Causation and prevention of malarial fevers: a statement of the results of researches drawn up for the use of assistant surgeons, hospital assistants and students
Disease focus: Malaria
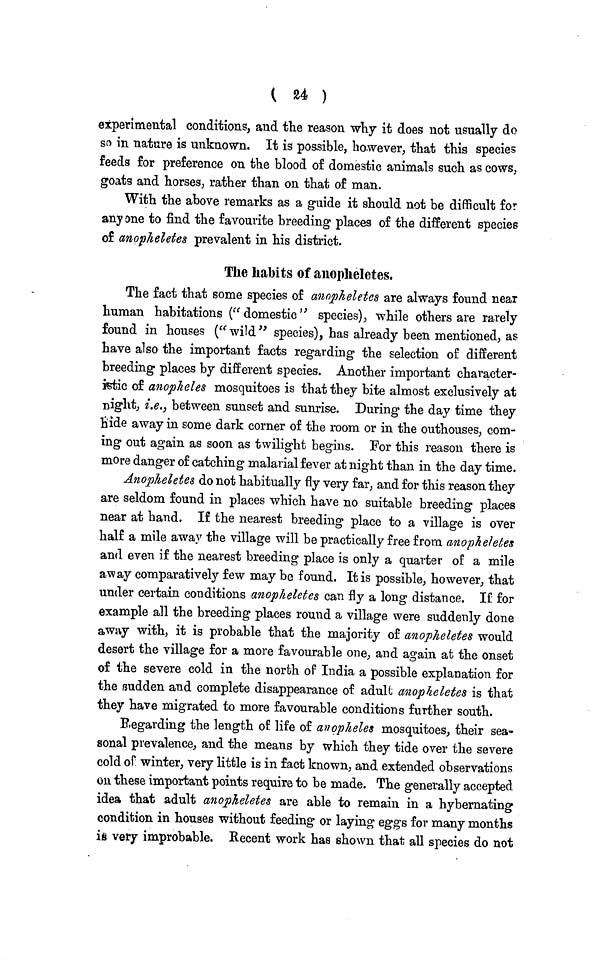
( H )
experimental conditions, and the reason why it does not usually do
so in nature is unknown. It is possible, however, that this species
feeds for preference on the blood of domestic animals such as cows,
goats and horses, rather than on that of man.
With the above remarks as a guide it should not be difficult for
any one to find the favourite breeding places of the different species
of anopheletes prevalent in his district.
The habits of anopheletes.
The fact that some species of anopheletes are always found near
human habitations ("domestic" species), while others are rarely
found in houses ("wild" species), has already been mentioned, as
have also the important facts regarding the selection of different
breeding places by different species. Another important character-
istic of anopheles mosquitoes is that they bite almost exclusively at
night, i.e.) between sunset and sunrise. During the day time they
hide away in some dark corner of the room or in the outhouses, com-
ing out again as soon as twilight begins. For this reason there is
more danger of catching malarial fever at night than in the day time.
Anopheletes do not habitually fly very far, and for this reason they
are seldom found in places which have no suitable breeding places
near at hand. If the nearest breeding place to a village is over
half a mile away the village will be practically free from anophelebes
and even if the nearest breeding place is only a quarter of a mile
away comparatively few may be found. It is possible, however, that
under certain conditions anopheletes can fly a long distance. If for
example all the breeding places round a village were suddenly done
away with, it is probable that the majority of anopheletes would
desert the village for a more favourable one, and again at the onset
of the severe cold in the north of India a possible explanation for
the sudden and complete disappearance of adult anopheletes is that
they have migrated to more favourable conditions further south.
Regarding the length of life of anopheles mosquitoes, their sea-
sonal prevalence, and the means by which they tide over the severe
cold of winter, very little is in fact known, and extended observations
on these important points require to be made. The generally accepted
idea that adult anopheletes are able to remain in a hybernating
condition in houses without feeding or laying eggs for many months
is very improbable. Recent work has shown that all species do not